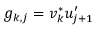
g _ { k , j } = v _ { k } ^ { * } u _ { j + 1 } ^ { \prime }